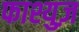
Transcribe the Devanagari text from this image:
फाश्युज़